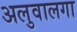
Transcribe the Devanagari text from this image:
अलुवालगा